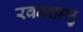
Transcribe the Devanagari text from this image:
रवनाप्रभु